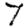
Digit: 7